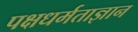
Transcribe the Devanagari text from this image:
पक्षधर्मताज्ञान